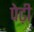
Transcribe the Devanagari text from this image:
पेढ़ी